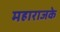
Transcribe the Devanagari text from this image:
महाराजके